Annual report of the Punjab Veterinary College and of the Civil Veterinary Department, Punjab - 1920-1925
Year: 1920
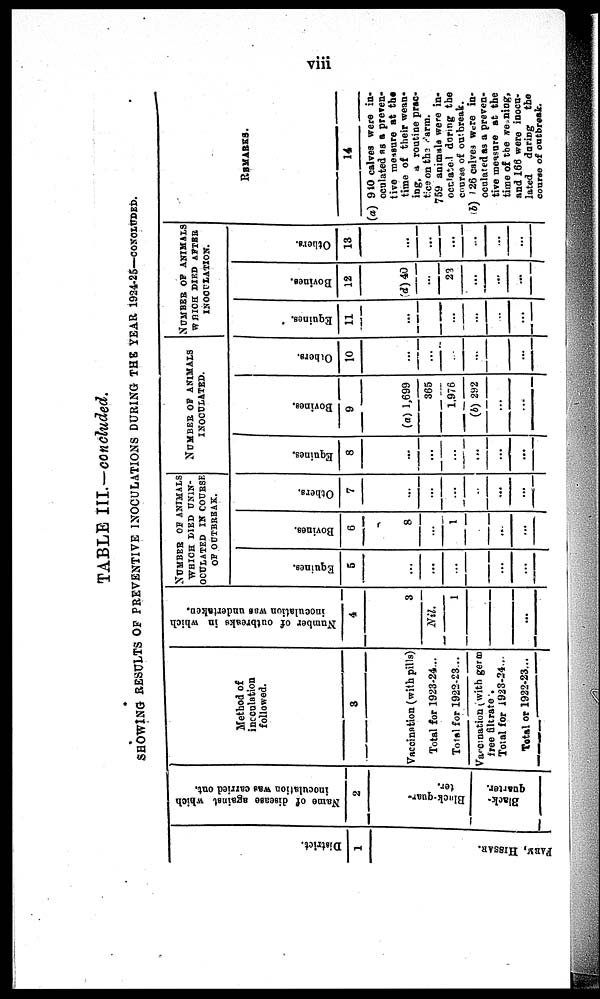
viii
TABLE III.—concluded.
SHOWING RESULTS OF PREVENTIVE INOCULATIONS DURING THE YEAR 1924-25—concluded.
District.
1
FARM,
HI SSAR.
Name of disease against which
inoculation was carried out.
2
Black-quar-
ter.
Black-
quarter.
Method of
inoculation
followed.
3
Vaccination (with pills)
Total for 1923-24...
Total for 1922-23...
Vaccination (with germ
free filtrate.
Total for 1923-24...
Total or 1922-23...
Number of outbreaks in which
inoculation was undertaken.
4
3
Nil.
1
...
NUMBER OF ANIMALS
WHICH DIED UNIN-
OCULATED IN COURSE
OF OUTBREAK.
Equines.
5
...
...
...
...
...
Bovines.
6
8
...
1
...
...
Others.
7
...
...
...
..
...
...
NUMBER OF ANIMALS
INOCULATED.
Equines.
8
...
...
...
...
...
...
Bovines.
9
(a) 1,699
365
1,976
(6) 292
...
...
Others.
10
...
...
...
...
...
...
NUMBER OF ANIMALS
WHICH DIED AFTER
INOCULATION.
Equines.
11
...
...
...
...
...
...
Bovines.
12
(d) 40
...
23
...
...
...
Others.
13
...
...
...
...
...
...
REMARKS.
14
(a) 940 calves were in-
oculated as a preven-
tive measure at the
time of their wean-
ing, a routine prac-
tice on the Farm.
759 animals were in-
oculated during the
course of outbreak.
(b) 126 calves were in-
oculated as a preven-
tive measure at the
time of the weaning,
and 166 were inocu-
lated during the
course of outbreak.